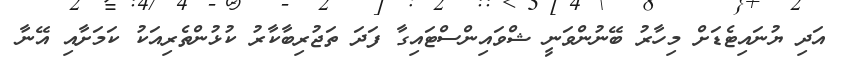
އަދި ޔުނައިޓެޑަށް މިހާރު ބޭނުންވަނީ ޝްވައިންސްޓައިގާ ފަދަ ތަޖުރިބާކާރު ކުޅުންތެރިއަކު ކަމަށާއި އޭނާ